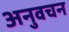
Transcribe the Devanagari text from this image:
अनुवचन